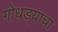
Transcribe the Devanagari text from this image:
गोधड्याचा